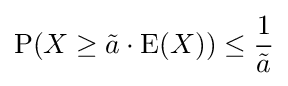
\operatorname {P} (X\geq {\tilde {a}}\cdot \operatorname {E} (X))\leq {\frac {1}{\tilde {a}}}